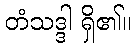
တံသဒ္ဒါ ရှိ၏။